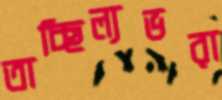
তাচ্ছিল্যভরা